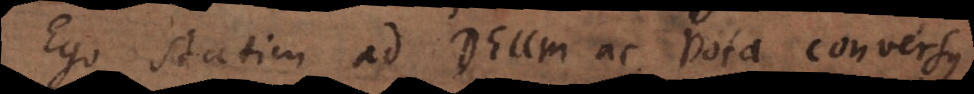
Ego statim ad Deum ac vota conversus